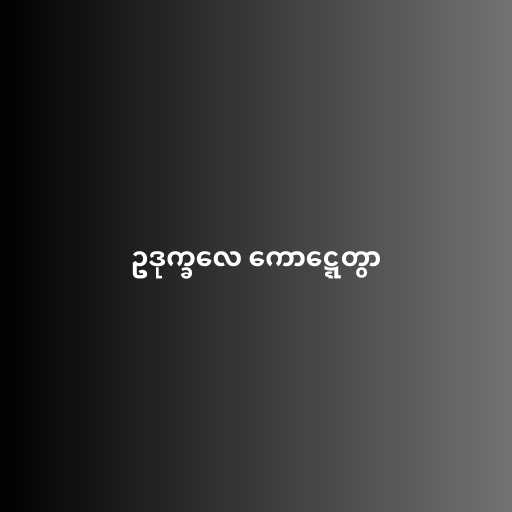
ဥဒုက္ခလေ ကောဋ္ဋေတွာ